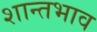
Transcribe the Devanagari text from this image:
शान्तभाव